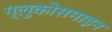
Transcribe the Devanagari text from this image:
ग्लुकोसमाइन